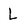
Character: L